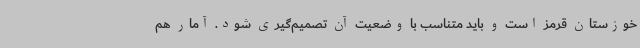
خوزستان قرمز است و باید متناسب با وضعیت آن تصمیم‌گیری شود. آمار هم